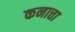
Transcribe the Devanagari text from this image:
कनात्ता